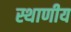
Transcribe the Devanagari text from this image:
स्थाणीय